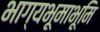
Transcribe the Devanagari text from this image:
भाग्यभूमाभूमि